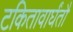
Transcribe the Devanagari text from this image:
टकितावार्घंतौ